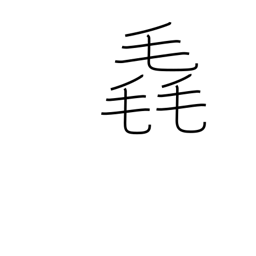
Meaning: fluff